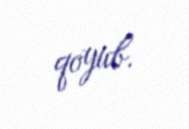
qoyub.